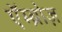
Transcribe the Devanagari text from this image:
एॅम्ब्रोज़